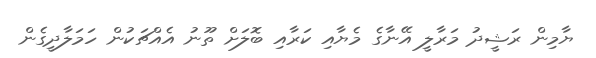
ޔާމިން ރަޝީދު މަރާލީ އޭނާގެ މެޔާއި ކަރާއި ބޮލަށް ތޫނު އެއްޗަކުން ހަމަލާދީގެން